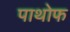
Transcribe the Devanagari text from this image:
पाथोफ